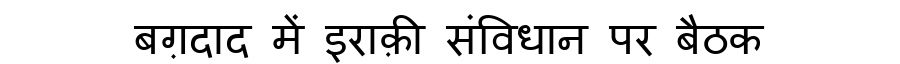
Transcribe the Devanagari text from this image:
बग़दाद में इराक़ी संविधान पर बैठक